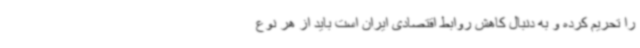
را تحریم کرده و به دنبال کاهش روابط اقتصادی ایران است باید از هر نوع